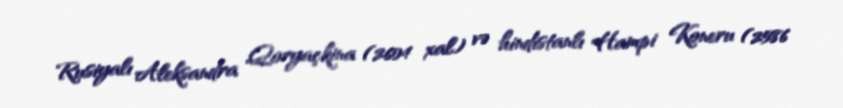
Rusiyalı Aleksandra Qoryaçkina (2604 xal) və hindistanlı Hampi Koneru (2586